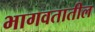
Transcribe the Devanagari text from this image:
भागवतातील